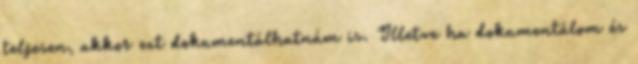
teljesen, akkor ezt dokumentálhatnám is. Illetve ha dokumentálom és